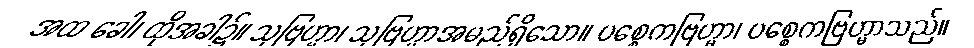
အထ ခေါ၊ ထိုအခါ၌။ သုဗြဟ္မာ၊ သုဗြဟ္မာအမည်ရှိသော။ ပစ္စေကဗြဟ္မာ၊ ပစ္စေကဗြဟ္မာသည်။